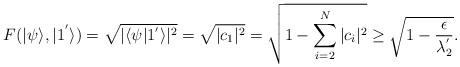
LaTeX: \begin{align*}F(|\psi\rangle,|1^{'}\rangle)=\sqrt{|\langle\psi|1^{'}\rangle|^2}=\sqrt{|c_1|^2}=\sqrt{1-\sum_{i=2}^N|c_i|^2}\geq\sqrt{1-\frac{\epsilon}{\lambda_2^{'}}}.\end{align*}